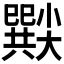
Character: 𡮸